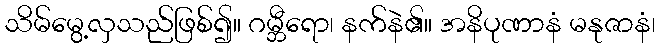
သိမ်မွေ့လှသည်ဖြစ်၍။ ဂမ္ဘီရော၊ နက်နဲ၏။ အနိပုဏာနံ မနုဇာနံ၊